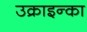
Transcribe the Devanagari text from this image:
उक्राइन्का